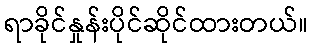
ရာခိုင်နှုန်းပိုင်ဆိုင်ထားတယ်။